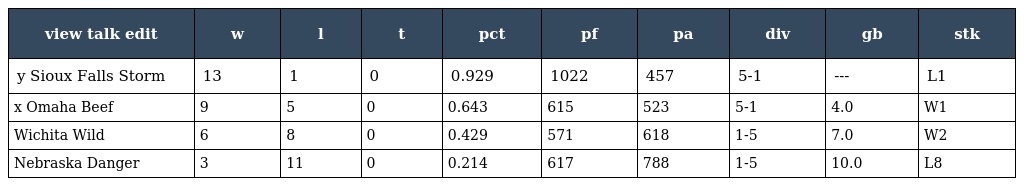
| view talk edit | w | l | t | pct | pf | pa | div | gb | stk |
 | --- | --- | --- | --- | --- | --- | --- | --- | --- | --- |
 | y Sioux Falls Storm | 13 | 1 | 0 | 0.929 | 1022 | 457 | 5-1 | --- | L1 |
 | x Omaha Beef | 9 | 5 | 0 | 0.643 | 615 | 523 | 5-1 | 4.0 | W1 |
 | Wichita Wild | 6 | 8 | 0 | 0.429 | 571 | 618 | 1-5 | 7.0 | W2 |
 | Nebraska Danger | 3 | 11 | 0 | 0.214 | 617 | 788 | 1-5 | 10.0 | L8 |